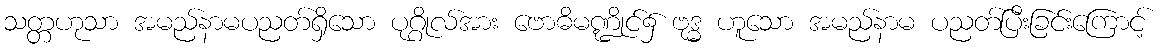
သတ္တဟုသာ အမည်နာမပညတ်ရှိသော ပုဂ္ဂိုလ်အား ဗောဓိမဏ္ဍိုင်၌ ဗုဒ္ဓ ဟူသော အမည်နာမ ပညတ်ပြီးခြင်းကြောင့်